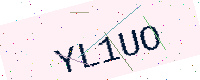
Text: YL1UO